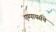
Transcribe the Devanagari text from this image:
एम्पायर्सचे